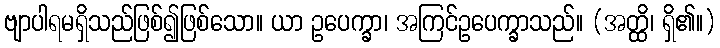
ဗျာပါရမရှိသည်ဖြစ်၍ဖြစ်သော။ ယာ ဥပေက္ခာ၊ အကြင်ဥပေက္ခာသည်။ (အတ္ထိ၊ ရှိ၏။)